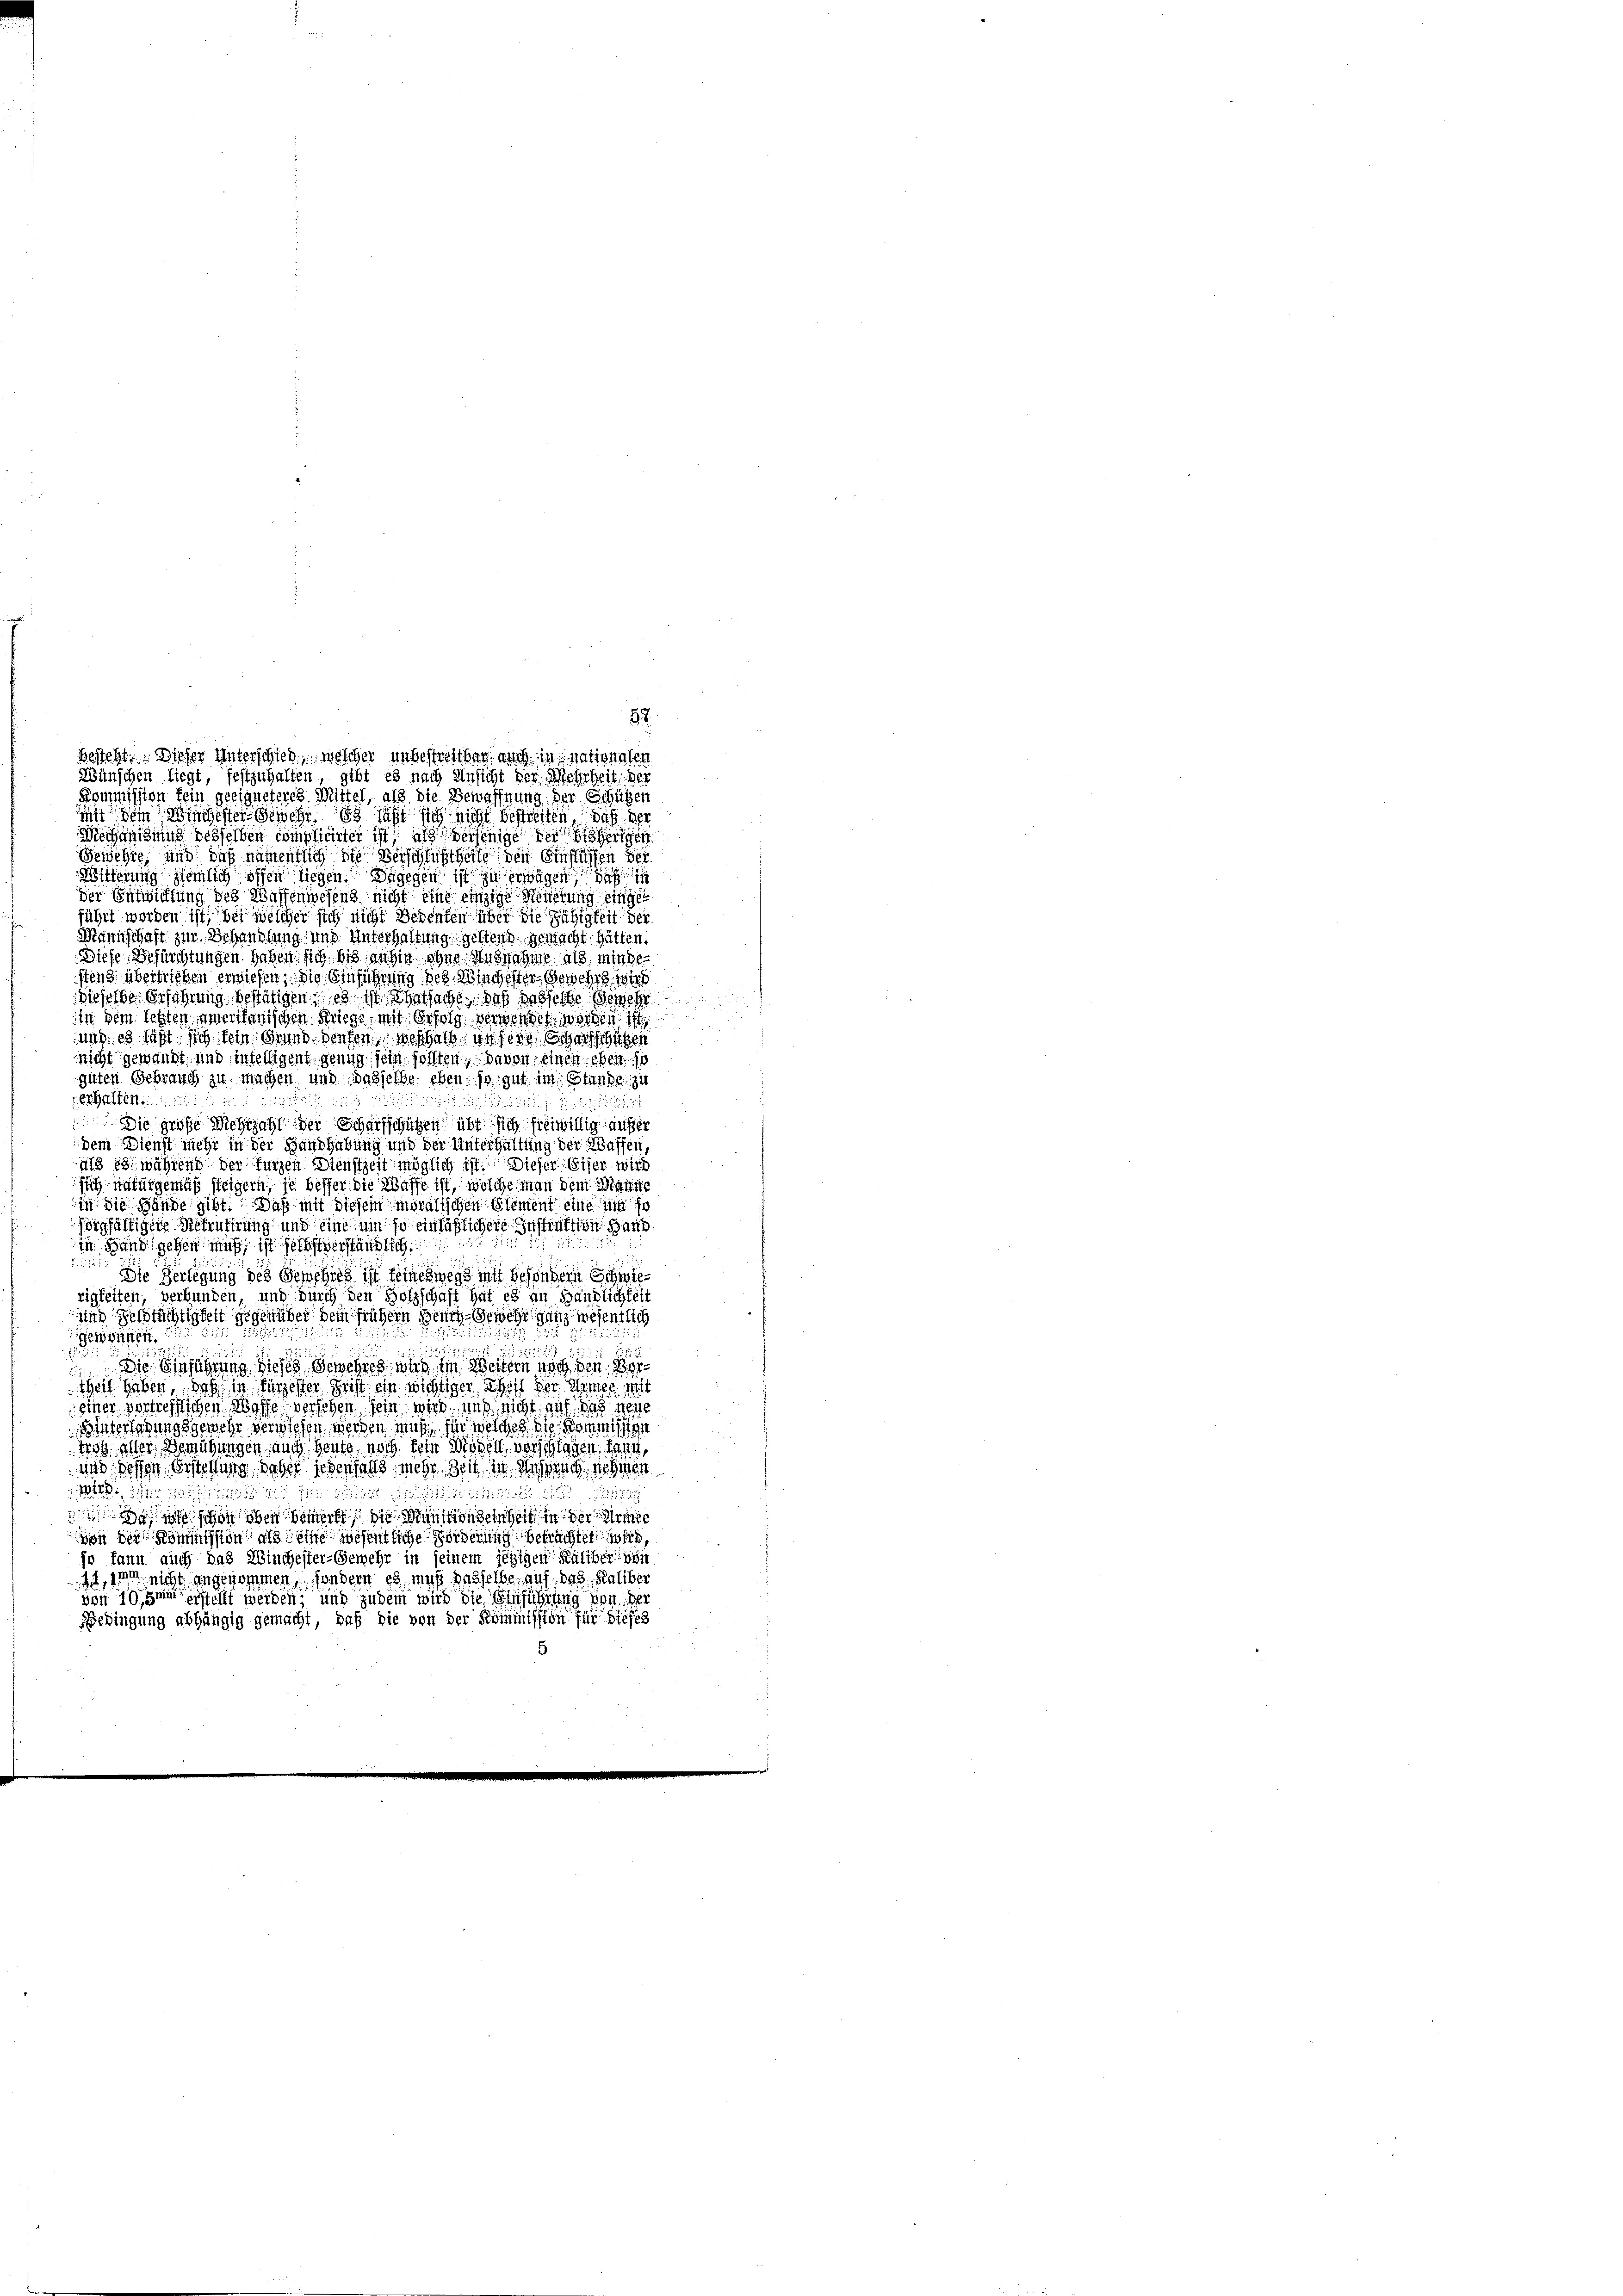
Wünschen liegt, festzuhalten, gibt es nach Ansicht der Mehrheit der
Kommission kein geeigneteres Mittel, als die Bewaffnung der Schügen
mit dem Bischester Beschr. Es läßt sich nicht bestreiten, daß der
Wiechanisung desselben complicirter ist, als derjenige der sherigen
Gewehre, und daß namentlich die Verschlußtheile den Einflichen der
Witterung ziemlich offen liegen. Dagegen ist zu erwegen
der Entwicklung des Waffenwesend nicht eine einzige Neuerung eingen
führt worden ist, bei welcher sich nicht Bedenten über die Fähigkeit der
Mannschaft zur Behandlung und Unterhaltung gestend gemacht hätten.
Diese Befürchtungen haben sich bis anhin ohne Ausnahme als minde-
stenz übertrieben erwiesen, die Einführung des Hingester Gewehrs i
Dieselbe Geführung bestätigen, es ist Thatsache, daß dasselbe Gewehr
in dem letzten ameritanischen Kriege, mit Erfolg verwendet werden ist
ung: es läßt sich kein Grund Benten weshalb er sein Scharfschüben
nicht gewandt, und intelligent genug sein sollten, davon einen eben so
guten Gebrauch zu machen und dasselbe eben: so gut im Stunde 14
erhalten

Die große Mehrzahl der Scharfschützen übt sich freiwillig außer
dem Dienst mehr in der Handhabung und der Unterhaltung der Waffen
als es während der fürzen Dienstzeit möglich ist. Dieser Eiser wird
sich naturgemäß steigern, je besser die Waffe ist, welche man dem Manne
in die Hände gibt! Daß mit diesem moralischen Element eine in so
igfältigere Rekrutirung und eine um so einläßlichere Instruktion Hand
in Hand gegen muß, ist selbstverständlich
d
Die Verlegung des Gewehres ist feineswegs mit besondern Schwierigkeiten, verbunden, und durch den Holzschaft hat es an Händlichkeit
und Geldtächtigkeit gegenüber dem frühern Beneh-Gewehr ganz wesentlich

1
Gewinnen.
2115
1751 18
Die Einführung dieses Gewehren wird im Weitern nach den
sheit haben, daß in fürzester Frist ein wichtigen Theilt der Kamer mit
einer vertrefflichen Waffe versehen sein wird uns nicht auf das neue
Winterlegungsgewehe verwiesen werden muß, für welches die Kommissten
trotz aller Bemühungen auch heute noch sein Modell, vorschlagen, dann,
und dessen Erstellung daher jedenfalls mehr Zeit in Messung nehmen

  von oben bemerkt, die Munition seinheit in der Armen
von der Kommission als eine wesentliche Forderung betrachtet wird,
jo kann auch das Winchester-Gemehr in seinem jezigen Kälber von
1t, nicht angenommen, sondern es muß dasselbe, auf das Kaliber
von 10,3m erstellt werden; und zudem wird die Einführung von der
Bedingung abhängig gemacht, daß die von der Kommission für dieses

besteht. Dieser Unterschied, welcher unbestreitbar auch in nationalen

52.